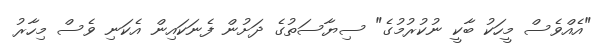
"އެއްވެސް މީހަކު ބާކީ ނުކުރުމުގެ" ސިޔާސަތުގެ ދަށުން ފެނަކައިން އެކަނި ވެސް މިހާރު